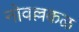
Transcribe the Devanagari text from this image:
नोवल्लकळ